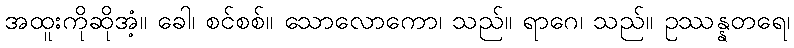
အထူးကိုဆိုအံ့။ ခေါ၊ စင်စစ်။ သောလောကော၊ သည်။ ရာဂေ၊ သည်။ ဥဿန္နတရေ၊